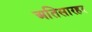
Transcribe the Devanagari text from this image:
अतिसारहर